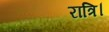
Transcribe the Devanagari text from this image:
रात्रि।